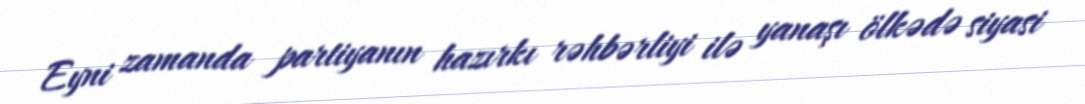
Eyni zamanda partiyanın hazırkı rəhbərliyi ilə yanaşı ölkədə siyasi